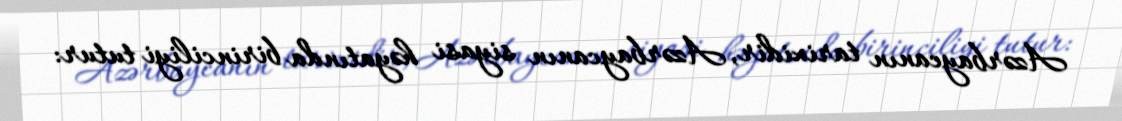
Azərbaycanın tarixidir, Azərbaycanın siyasi həyatında birinciliyi tutur: